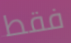
فقط